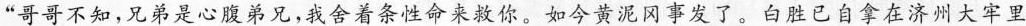
”哥哥不知，兄弟是心腹弟兄，我舍着条性命来救你。如今黄泥冈事发了。白胜已自拿在济州大牢里